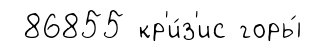
86855 кр'и́з'ис горы́